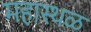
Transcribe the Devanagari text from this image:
महास्थळ